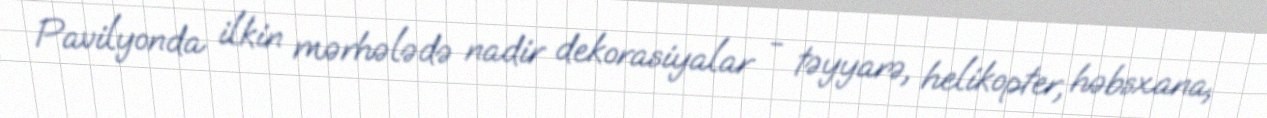
Pavilyonda ilkin mərhələdə nadir dekorasiyalar - təyyarə, helikopter, həbsxana,